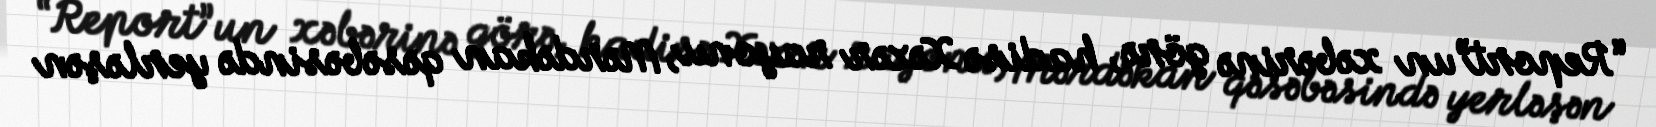
“Report”un xəbərinə görə, hadisə Xəzər rayonu, Mərdəkan qəsəbəsində yerləşən